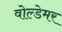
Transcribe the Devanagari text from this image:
वोल्डेमर